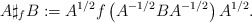
\begin{align*}A\sharp _{f}B:=A^{1/2}f\left( A^{-1/2}BA^{-1/2}\right) A^{1/2}.\end{align*}